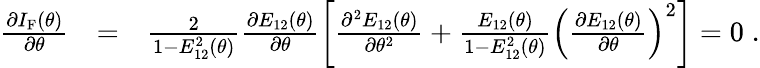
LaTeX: \begin{array}{rlr}{\frac{\partial I_{\mathrm{F}}(\theta)}{\partial\theta}}&{=}&{\frac{2}{1-E_{12}^{2}(\theta)}\frac{\partial E_{12}(\theta)}{\partial\theta}\left[\frac{\partial^{2}E_{12}(\theta)}{\partial\theta^{2}}+\frac{E_{12}(\theta)}{1-E_{12}^{2}(\theta)}\left(\frac{\partial E_{12}(\theta)}{\partial\theta}\right)^{2}\right]=0\; .}\end{array}